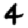
Digit: 4